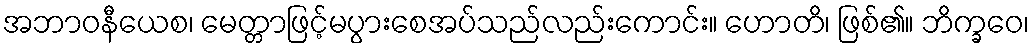
အဘာဝနီယေစ၊ မေတ္တာဖြင့်မပွားစေအပ်သည်လည်းကောင်း။ ဟောတိ၊ ဖြစ်၏။ ဘိက္ခဝေ၊